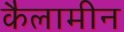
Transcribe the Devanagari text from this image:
कैलामीन